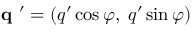
\textbf { q } ^ { \prime } = ( q ^ { \prime } \cos \varphi , \; q ^ { \prime } \sin \varphi )